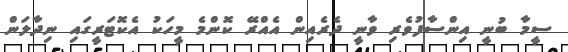
ސީމާ ބުނީ އިންސާފުވެރި ވާނީ ދެރެއިން އެއްރޭ ކޮންމެ މީހަކު އެކޮޓަރީގައި ނިދާލަން